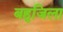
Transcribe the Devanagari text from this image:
बहुजिला